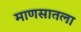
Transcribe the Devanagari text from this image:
माणसातला